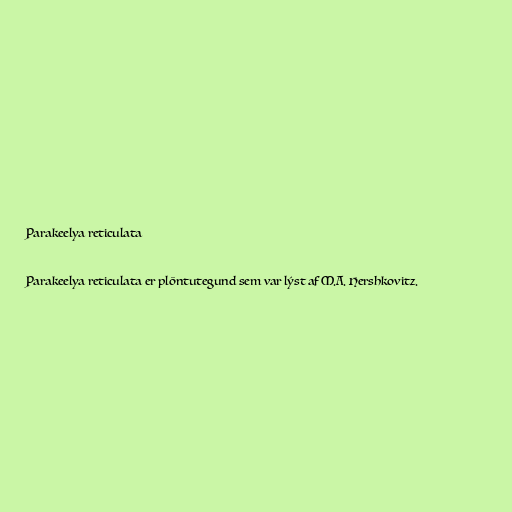
Parakeelya reticulata

Parakeelya reticulata er plöntutegund sem var lýst af M.A. Hershkovitz.